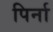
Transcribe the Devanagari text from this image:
पिर्ना